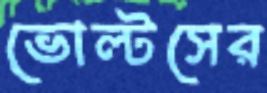
ভোল্টসের